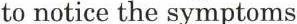
to notice the symptoms